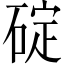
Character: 碇